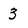
Character: 3